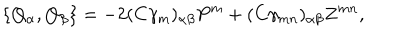
\{ Q _ { \alpha } , Q _ { \beta } \} = - 2 ( C \gamma _ { m } ) _ { \alpha \beta } P ^ { m } + ( C \gamma _ { m n } ) _ { \alpha \beta } Z ^ { m n } ,